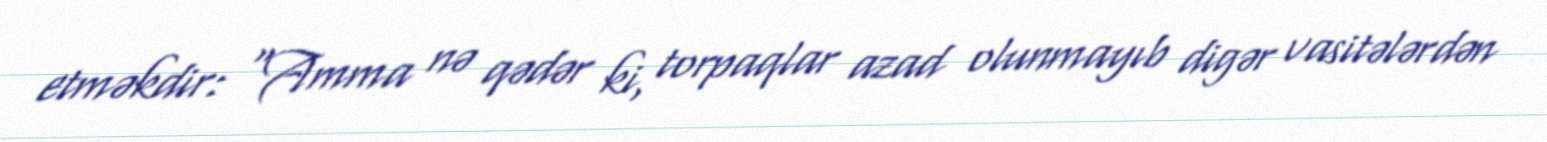
etməkdir: “Amma nə qədər ki, torpaqlar azad olunmayıb digər vasitələrdən